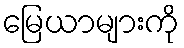
မြေယာများကို